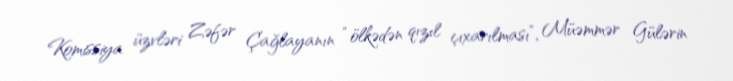
Komissiya üzvləri Zəfər Çağlayanın “ölkədən qızıl çıxarılması”, Müəmmər Gülərin